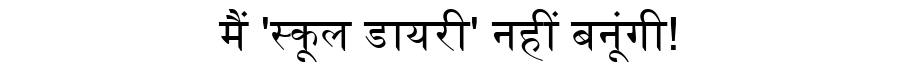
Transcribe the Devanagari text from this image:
मैं 'स्कूल डायरी' नहीं बनूंगी!